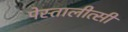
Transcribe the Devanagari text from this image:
पेस्तालीत्सी